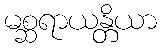
မစ္ဆရာယန္တိယာ